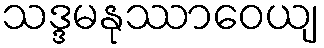
သဒ္ဒမနုဿာဝေယျ